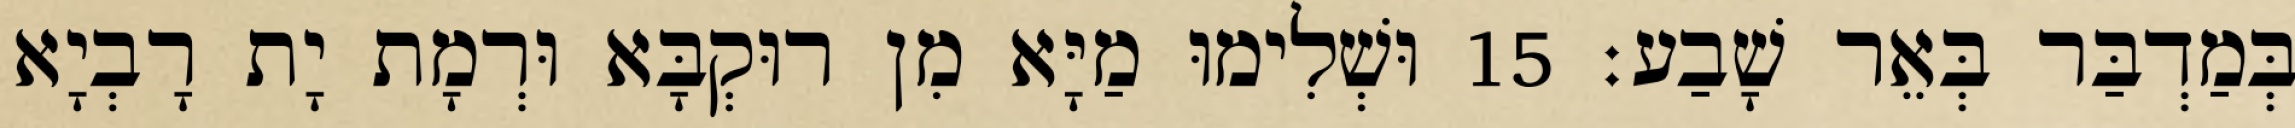
בְּמַדְבַּר בְּאֵר שָׁבַע׃ 15 וּשְׁלִימוּ מַיָּא מִן רוּקְבָּא וּרְמָת יָת רָבְיָא